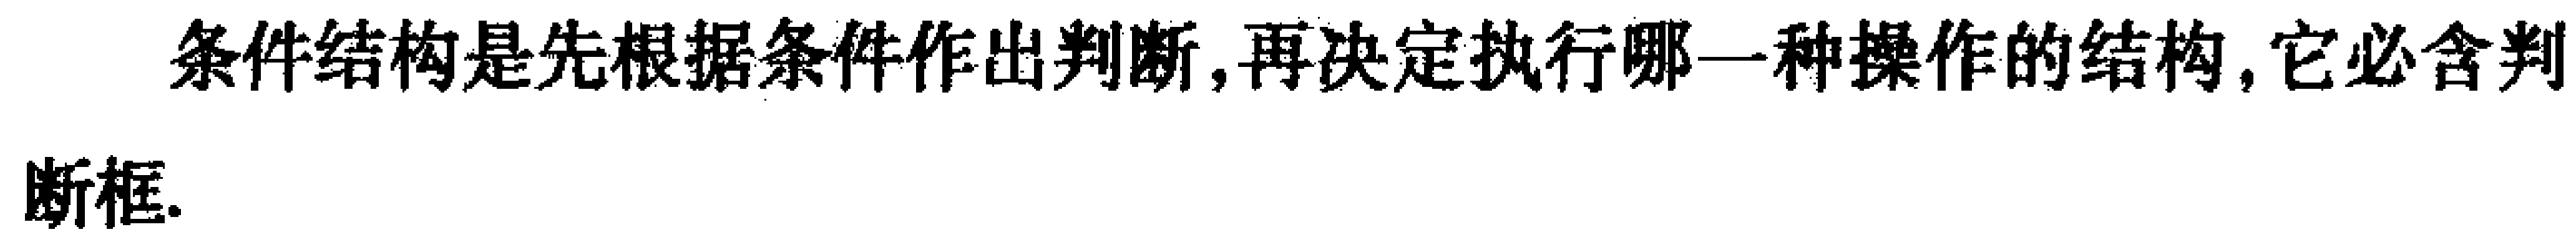
条件结构是先根据条件作出判断,再决定执行哪一种操作的结构,它必含判断框.